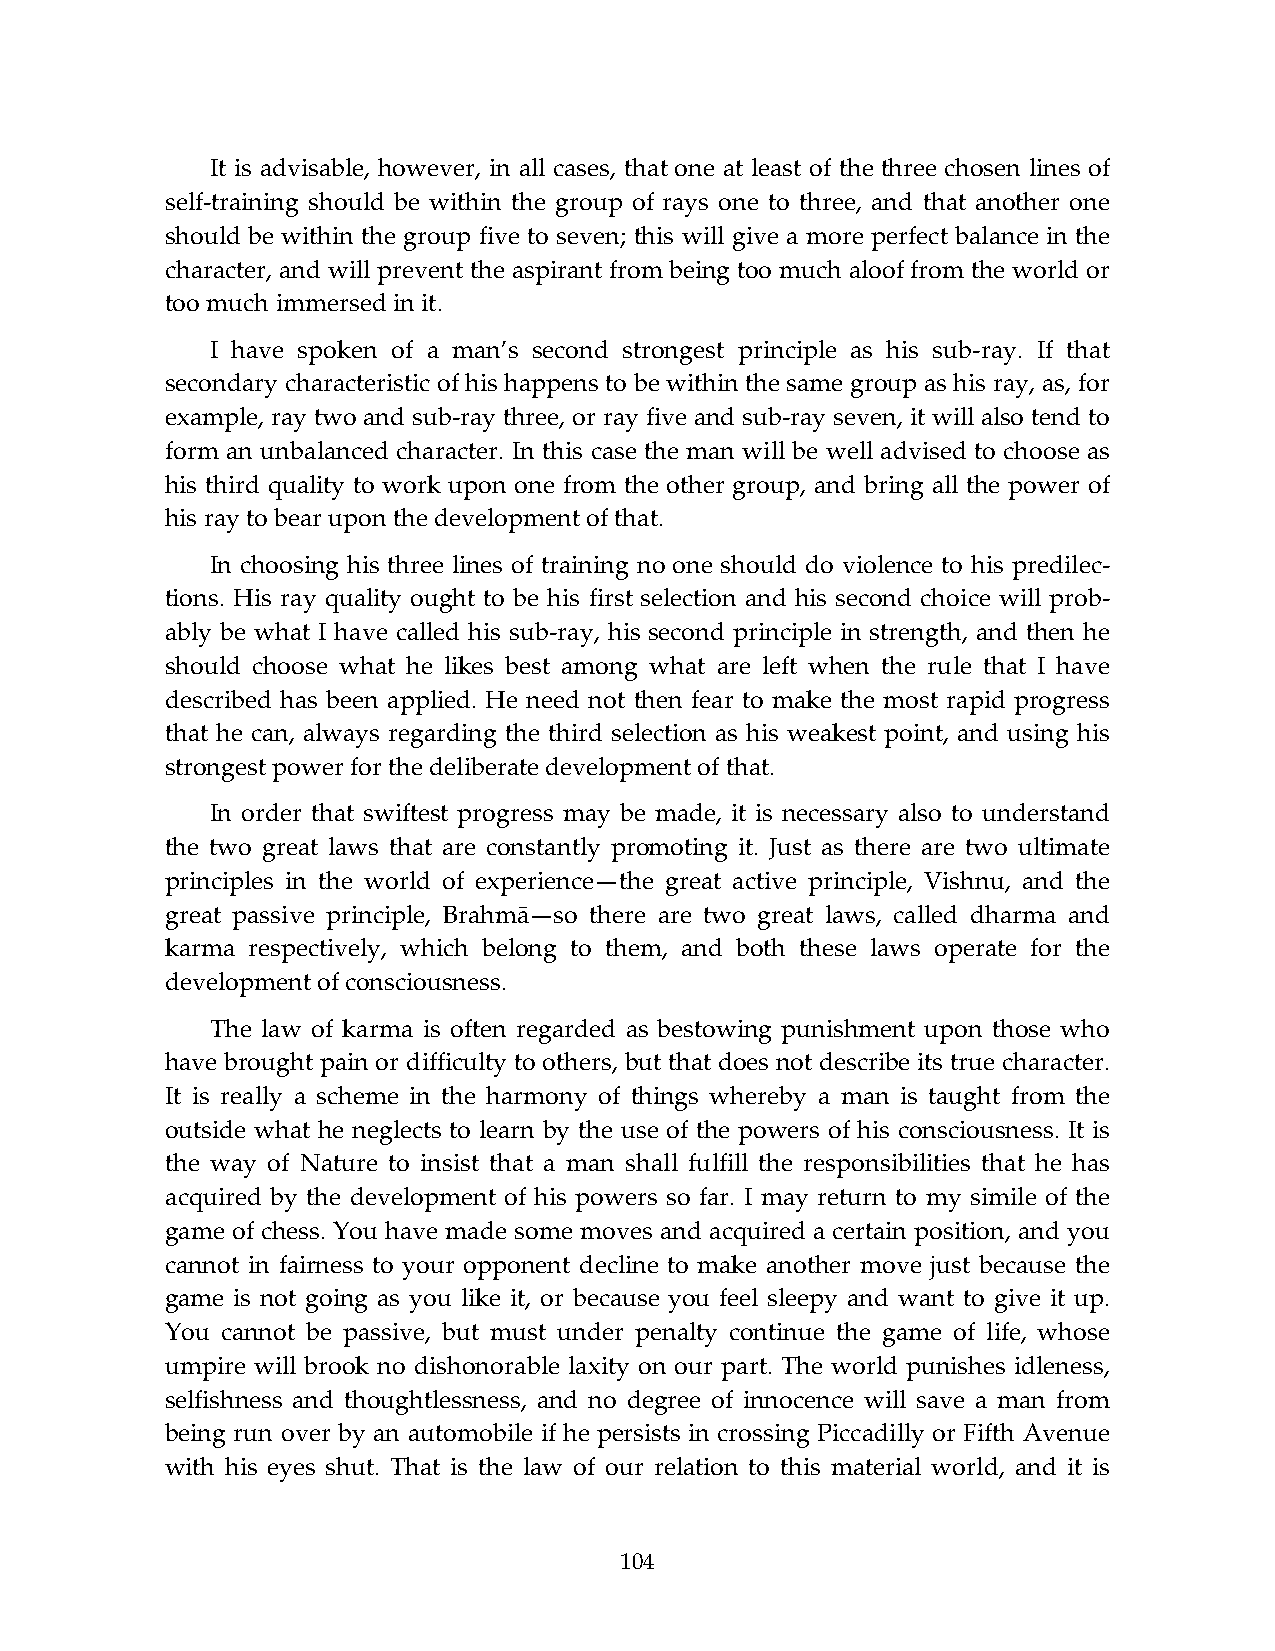
It is advisable, however, in all cases, that one at least of the three chosen lines of
 self-training should be within the group of rays one to three, and that another one
 should be within the group five to seven; this will give a more perfect balance in the
 character, and will prevent the aspirant from being too much aloof from the world or
 too much immersed in it.
 I have spoken of a man’s second strongest principle as his sub-ray. If that
 secondary characteristic of his happens to be within the same group as his ray, as, for
 example, ray two and sub-ray three, or ray five and sub-ray seven, it will also tend to
 form an unbalanced character. In this case the man will be well advised to choose as
 his third quality to work upon one from the other group, and bring all the power of
 his ray to bear upon the development of that.
 In choosing his three lines of training no one should do violence to his predilec-
 tions. His ray quality ought to be his first selection and his second choice will prob-
 ably be what I have called his sub-ray, his second principle in strength, and then he
 should choose what he likes best among what are left when the rule that I have
 described has been applied. He need not then fear to make the most rapid progress
 that he can, always regarding the third selection as his weakest point, and using his
 strongest power for the deliberate development of that.
 In order that swiftest progress may be made, it is necessary also to understand
 the two great laws that are constantly promoting it. Just as there are two ultimate
 principles in the world of experience—the great active principle, Vishnu, and the
 great passive principle, Вrahmā—so there are two great laws, called dharma and
 karma respectively, which belong to them, and both these laws operate for the
 development of consciousness.
 The law of karma is often regarded as bestowing punishment upon those who
 have brought pain or difficulty to others, but that does not describe its true character.
 It is really a scheme in the harmony of things whereby a man is taught from the
 outside what he neglects to learn by the use of the powers of his consciousness. It is
 the way of Nature to insist that a man shall fulfill the responsibilities that he has
 acquired by the development of his powers so far. I may return to my simile of the
 game of chess. You have made some moves and acquired a certain position, and you
 cannot in fairness to your opponent decline to make another move just because the
 game is not going as you like it, or because you feel sleepy and want to give it up.
 You cannot be passive, but must under penalty continue the game of life, whose
 umpire will brook no dishonorable laxity on our part. The world punishes idleness,
 selfishness and thoughtlessness, and no degree of innocence will save a man from
 being run over by an automobile if he persists in crossing Piccadilly or Fifth Avenue
 with his eyes shut. That is the law of our relation to this material world, and it is
 104